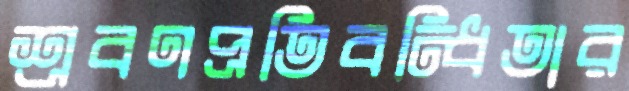
শ্রবণপ্রতিবন্ধিতার